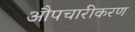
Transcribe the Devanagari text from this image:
औपचारीकरण